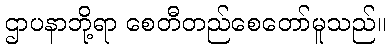
ဌာပနာဘို့ရာ စေတီတည်စေတော်မူသည်။